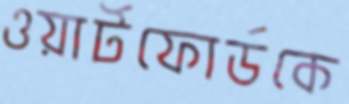
ওয়ার্টফোর্ডকে